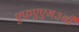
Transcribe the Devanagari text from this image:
एफ़एएम३बी